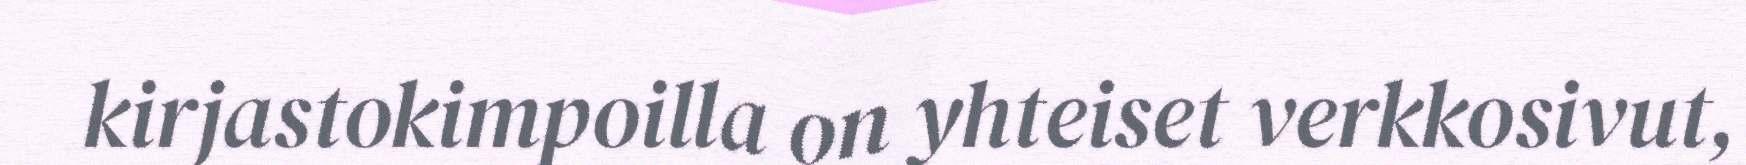
kirjastokimpoilla on yhteiset verkkosivut,